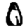
Digit: 0